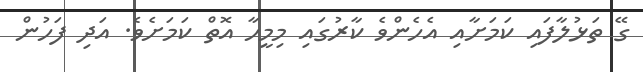
ގޭ ތަޅުލާފައި ކަމަށާއި އެހެންވެ ކާރުގައި މިމީހާ އޮތް ކަމަށެވެ. އަދި ފަހުން